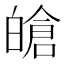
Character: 𤾙